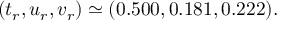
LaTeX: ( t _ { r } , u _ { r } , v _ { r } ) \simeq ( 0 . 5 0 0 , 0 . 1 8 1 , 0 . 2 2 2 ) .